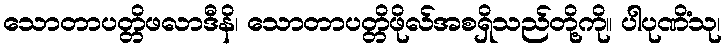
သောတာပတ္တိဖလာဒီနိ၊ သောတာပတ္တိဖိုလ်အစရှိသည်တို့ကို။ ပါပုဏိံသု၊